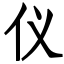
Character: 仪